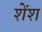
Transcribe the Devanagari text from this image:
शेंश